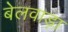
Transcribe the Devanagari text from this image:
बेलवाड़ा